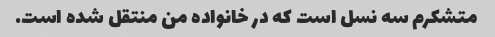
متشکرم سه نسل است که در خانواده من منتقل شده است.